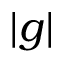
| g |